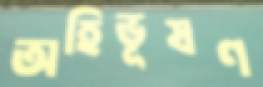
অহিভূষণ